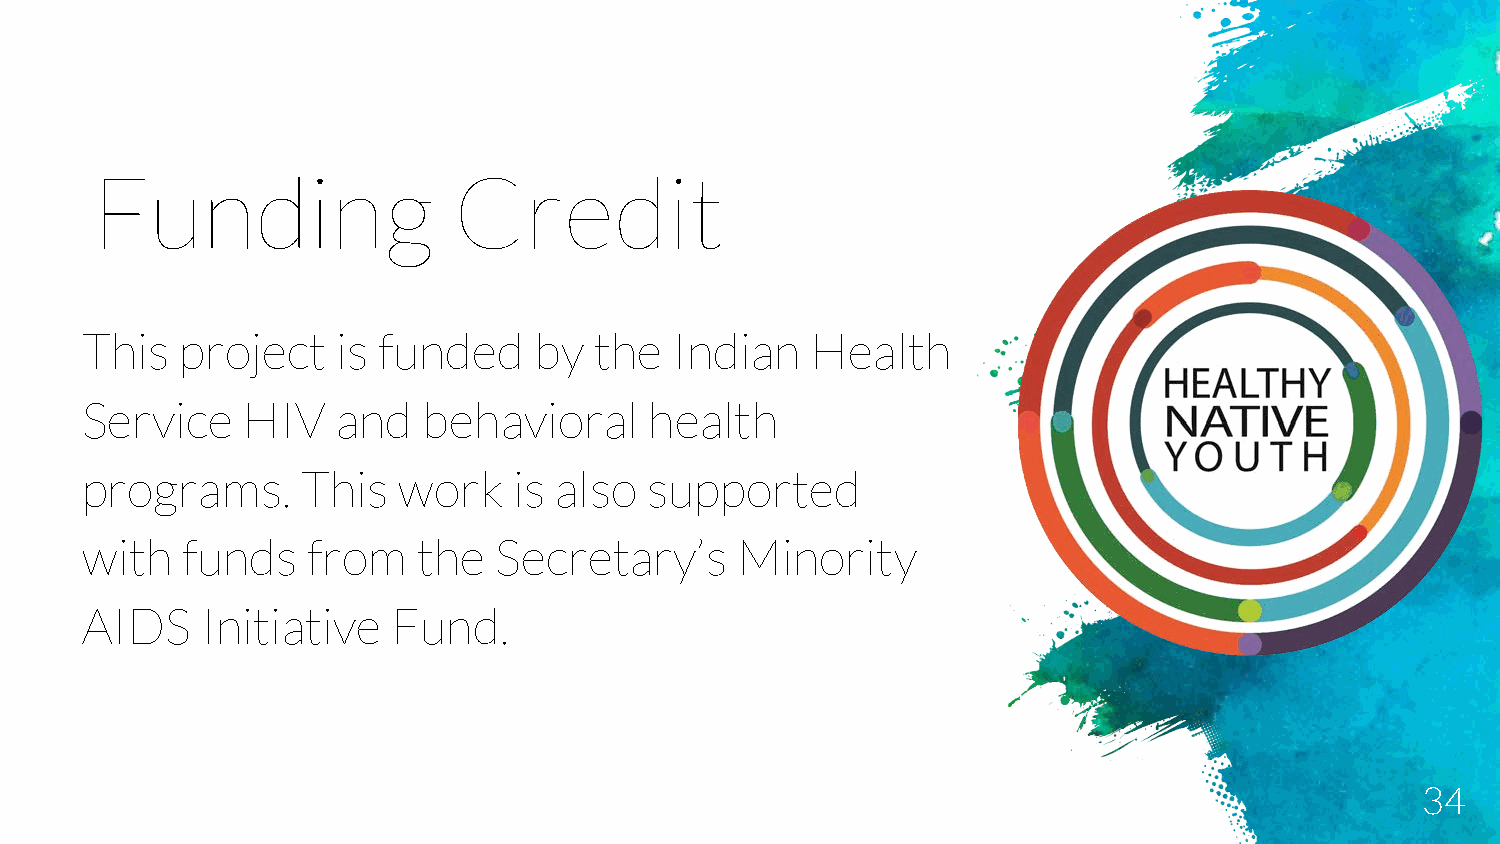
Funding                 Credit
 This   project   is funded    by  the   Indian   Health
 Service    HIV   and   behavioral     health
 programs.      This  work    is also  supported
 with   funds   from    the  Secretary’s     Minority
 AIDS    Initiative   Fund.
 34